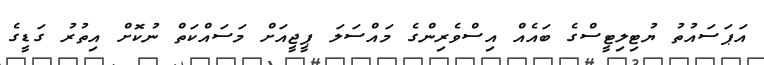
އަޕަސައުތު ޔުޓިލިޓީސްގެ ބައެއް އިސްވެރިންގެ މައްސަލަ ޕީޖީއަށް މަސައްކަތް ނުކޮށް އިތުރު ގަޑީގެ